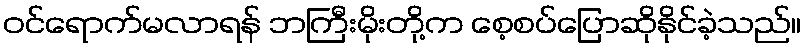
ဝင်ရောက်မလာရန် ဘကြီးမိုးတို့က စေ့စပ်ပြောဆိုနိုင်ခဲ့သည်။